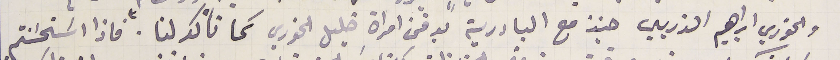
والخوري ابراهيم الذربي حينذ مع البادرية بدفن امراة خليل الخوري كما تأكد لنا. فاذا اسَتحسَنتم